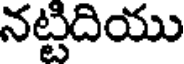
నట్టిదియు